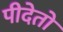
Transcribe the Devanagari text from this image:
पीदेतो